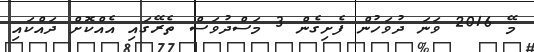
މޭ 2016 ވަނަ ދުވަހުން ފެށިގެން 3 މަސްދުވަސް ތެރޭގައި އެއްކޮށް ދައްކައި